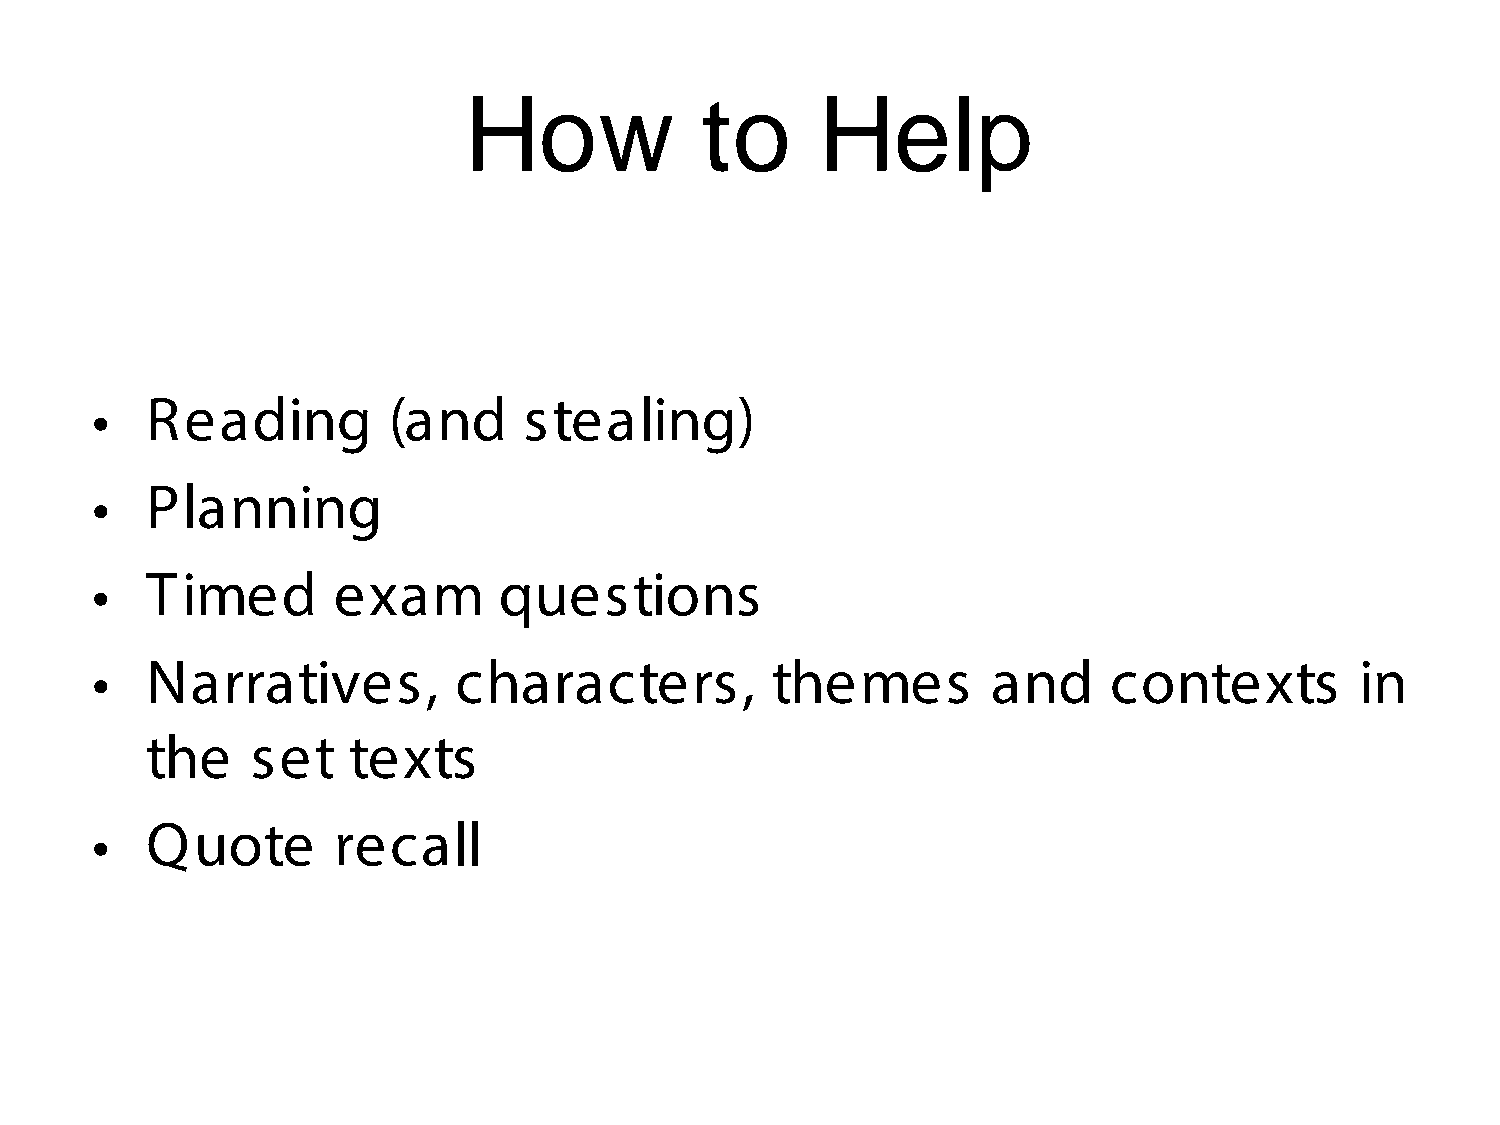
How            to      Help
 •   Reading         (and     stealing)
 •   Planning
 •   Timed       exam       questions
 •   Narratives,         characters,          themes         and    contexts         in
 the    set   texts
 •   Quote       recall